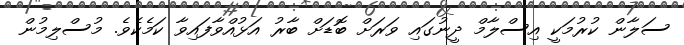
ސަލާން ކުރުމަކީ އިސްލާމް ދީނުގައި ވަރަށް ބޮޑަށް ބާރު އަޅުއްވާފައިވާ ކަމެކެވެ. މުސްލިމުން